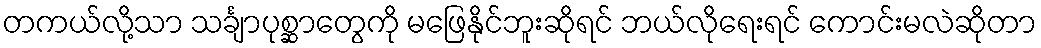
တကယ်လို့သာ သင်္ချာပုစ္ဆာတွေကို မဖြေနိုင်ဘူးဆိုရင် ဘယ်လိုရေးရင် ကောင်းမလဲဆိုတာ